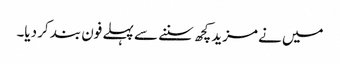
میں نے مزید کچھ سننے سے پہلے فون بند کر دیا۔